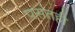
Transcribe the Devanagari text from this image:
पसंतही